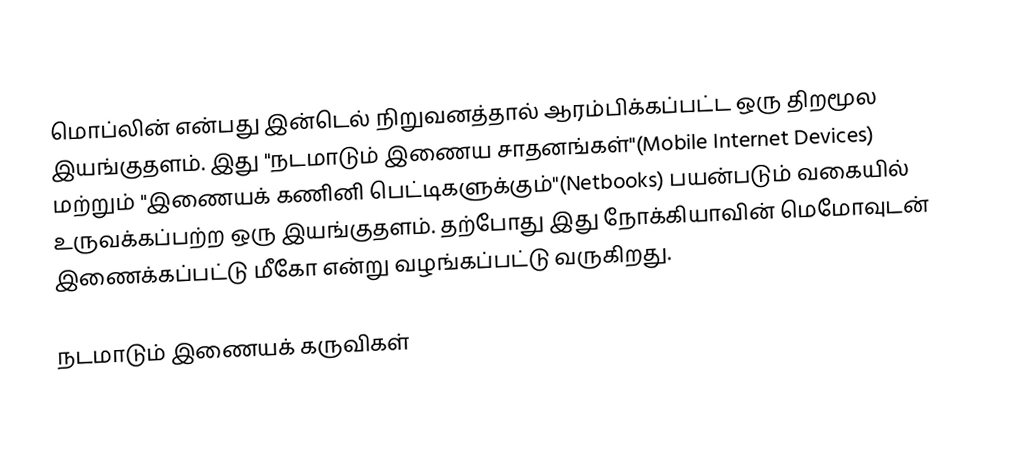
மொப்லின் என்பது இன்டெல் நிறுவனத்தால் ஆரம்பிக்கப்பட்ட  ஒரு திறமூல இயங்குதளம். இது "நடமாடும் இணைய சாதனங்கள்"(Mobile Internet Devices) மற்றும் "இணையக் கணினி பெட்டிகளுக்கும்"(Netbooks) பயன்படும் வகையில் உருவக்கப்பற்ற ஒரு இயங்குதளம். தற்போது இது நோக்கியாவின் மெமோவுடன் இணைக்கப்பட்டு மீகோ என்று வழங்கப்பட்டு வருகிறது.

நடமாடும் இணையக் கருவிகள்